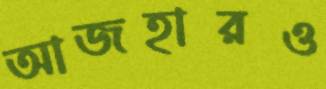
আজহারও